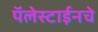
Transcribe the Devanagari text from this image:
पॅलेस्टाईनचे